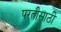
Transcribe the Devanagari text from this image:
परतीसाठी